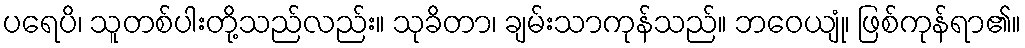
ပရေပိ၊ သူတစ်ပါးတို့သည်လည်း။ သုခိတာ၊ ချမ်းသာကုန်သည်။ ဘဝေယျုံ၊ ဖြစ်ကုန်ရာ၏။